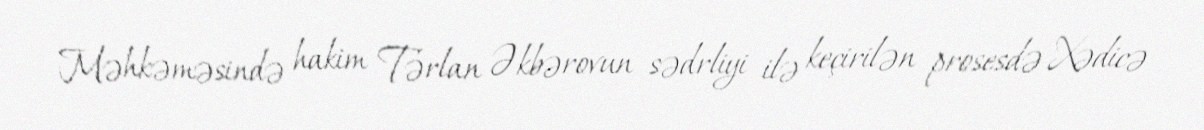
Məhkəməsində hakim Tərlan Əkbərovun sədrliyi ilə keçirilən prosesdə Xədicə